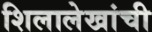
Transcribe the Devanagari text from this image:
शिलालेखांची